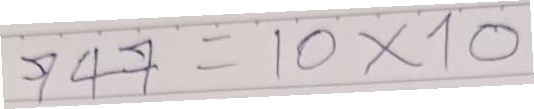
747 = 10x10